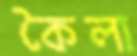
কৈলা